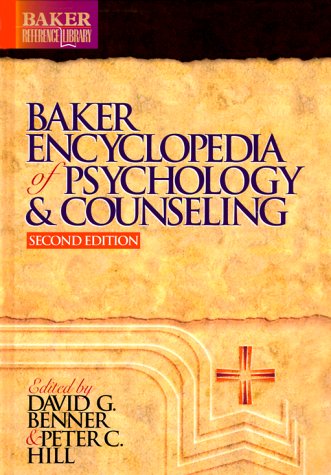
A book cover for Baker Encyclopedia of Psychology and Counseling, (Baker Reference Library); Religion & Spirituality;